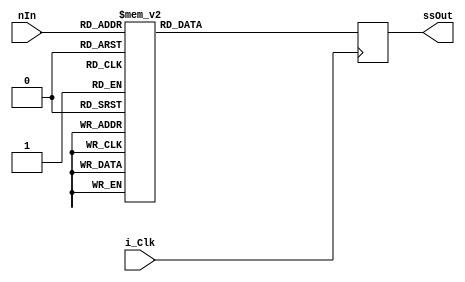
module SevenSegmentDisplayDecoder(i_Clk, ssOut, nIn);
  output reg [6:0] ssOut;
  input [3:0] nIn;
  input i_Clk;

  // ssOut format {g, f, e, d, c, b, a}

  always @(posedge i_Clk)
    case (nIn)
      4'h0: ssOut = 7'b1000000;
      4'h1: ssOut = 7'b1111001;
      4'h2: ssOut = 7'b0100100;
      4'h3: ssOut = 7'b0110000;
      4'h4: ssOut = 7'b0011001;
      4'h5: ssOut = 7'b0010010;
      4'h6: ssOut = 7'b0000010;
      4'h7: ssOut = 7'b1111000;
      4'h8: ssOut = 7'b0000000;
      4'h9: ssOut = 7'b0011000;
      4'hA: ssOut = 7'b0001000;
      4'hB: ssOut = 7'b0000011;
      4'hC: ssOut = 7'b1000110;
      4'hD: ssOut = 7'b0100001;
      4'hE: ssOut = 7'b0000110;
      4'hF: ssOut = 7'b0001110;
    endcase
endmodule

module SevenSegmentPFD(i_Clk, ssOut, nIn);  //1=P,2=F,3=D
  output reg [6:0] ssOut;
  input [1:0] nIn;
  input i_Clk;

  // ssOut format {g, f, e, d, c, b, a

  always @(posedge i_Clk)
    case (nIn)
      2'h0: ssOut = 7'b1111111;
      2'h1: ssOut = 7'b0001100;
      2'h2: ssOut = 7'b0001110;
      2'h3: ssOut = 7'b0100001;
    endcase
endmodule